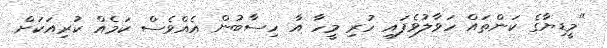
"މީޑިޔާގެ ކަންތައް ހަވާލުވެފައި ހުރި މީހާ އާ ހިސާބުން އެއްވެސް ކަމެއް ކުރިއަކަށް